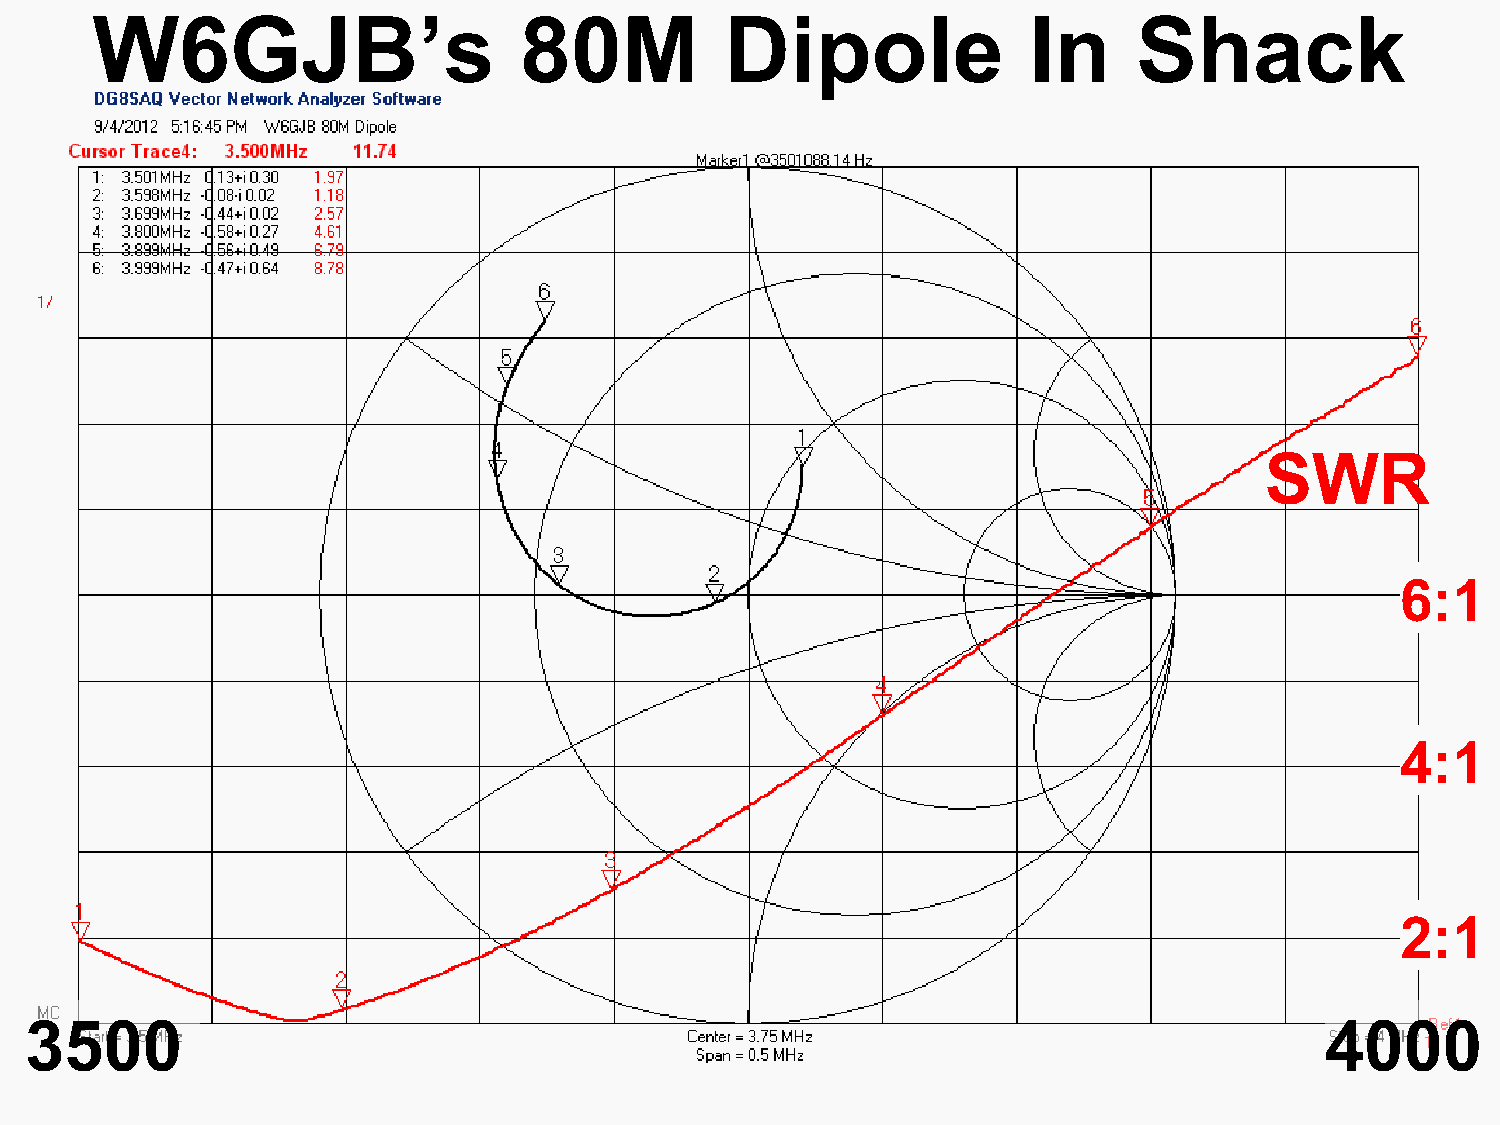
W6GJB’s                     80M           Dipole              In     Shack
 SWR
 6:1
 4:1
 2:1
 3500                                                                                  4000